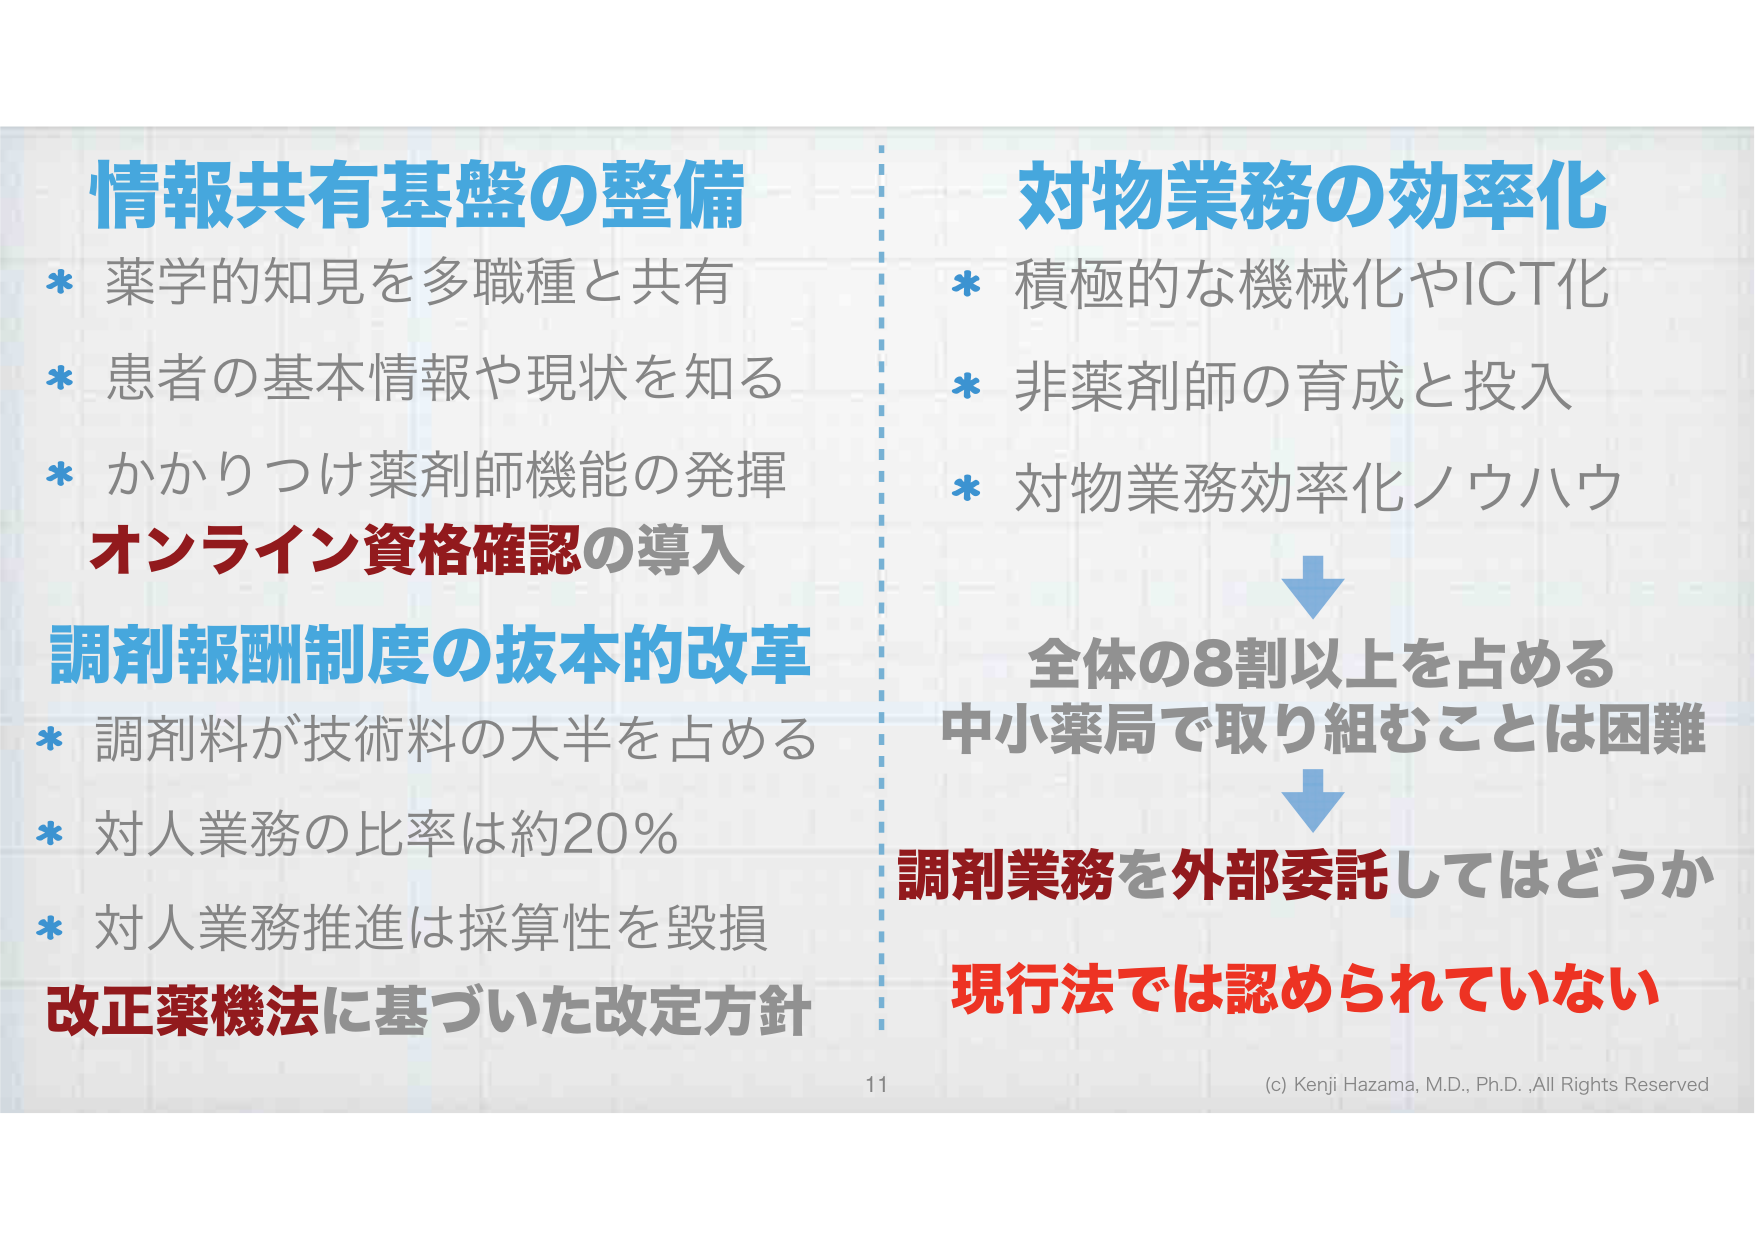
情報共有基盤の整備
* 薬学的知見を多職種と共有
* 患者の基本情報や現状を知る
* かかりつけ薬剤師機能の発揮
オンライン資格確認の導入
調剤報酬制度の抜本的改革
* 調剤料が技術料の大半を占める
* 対人業務の比率は約20％
* 対人業務推進は採算性を毀損
改正薬機法に基づいた改定方針

対物業務の効率化
* 積極的な機械化やICT化
* 非薬剤師の育成と投入
* 対物業務効率化ノウハウ
↓
全体の8割以上を占める
中小薬局で取り組むことは困難
↓
調剤業務を外部委託してはどうか
現行法では認められていない

11
(c) Kenji Hazama, M.D., Ph.D., All Rights Reserved